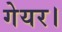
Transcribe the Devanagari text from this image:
गेयर।